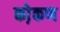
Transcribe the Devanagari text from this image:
को़कण